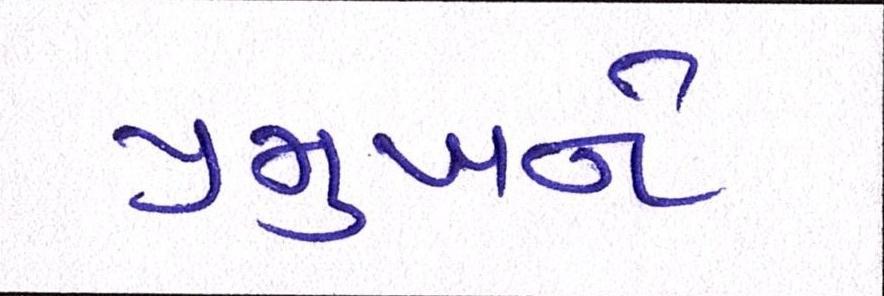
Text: પ્રમુખને